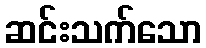
ဆင်းသက်သော